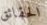
الحقائق